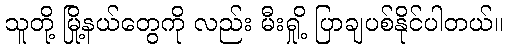
သူတို့ မြို့နယ်တွေကို လည်း မီးရှို့ ပြာချပစ်နိုင်ပါတယ်။